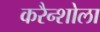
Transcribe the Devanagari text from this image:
करैन्शोला